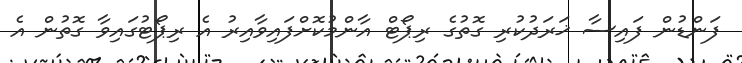
ފަންޑުން ފައިސާ ޚަރަދުކުރި ގޮތުގެ ރިޕޯޓް އާންމުކޮށްފައިވާއިރު އެ ރިޕޯޓުގައިވާ ގޮތުން އެ